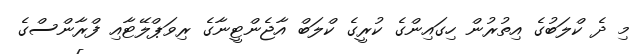
މި ދެ ކްލަބުގެ އިތުރުން ހިގައިންގެ ކުރީގެ ކްލަބް އާޖެންޓީނާގެ ރިވަޕްލޭޓާއި ފްރާންސްގެ